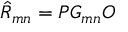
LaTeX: \hat { R } _ { m n } = { \cal P } { \cal G } _ { m n } { \cal O } \,